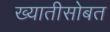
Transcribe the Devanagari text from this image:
ख्यातीसोबत